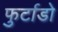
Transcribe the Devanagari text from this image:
फुर्टाडो